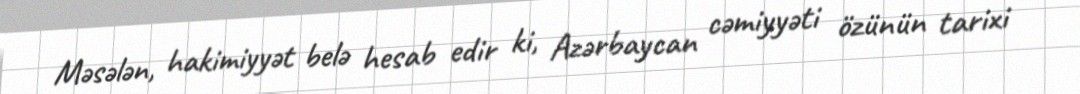
Məsələn, hakimiyyət belə hesab edir ki, Azərbaycan cəmiyyəti özünün tarixi